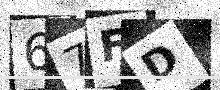
Text: 67FD